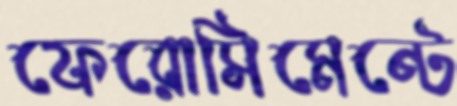
ফেরোসিমেন্টে